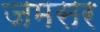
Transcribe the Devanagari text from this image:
जमसर